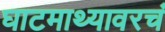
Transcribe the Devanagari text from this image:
घाटमाथ्यावरचं